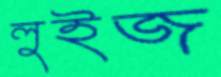
লুইজ